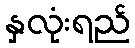
နှလုံးရည်